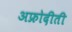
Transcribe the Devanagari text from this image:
अफ्रोदीती